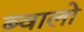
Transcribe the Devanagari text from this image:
ब्वालो